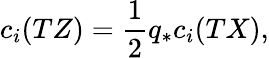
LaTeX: c_{i}(TZ)=\frac{1}{2}q_{*}c_{i}(TX),